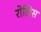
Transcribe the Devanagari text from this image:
रोलिस